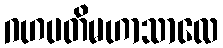
ဂဟပတိမဟာသာလေ